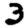
Digit: 3